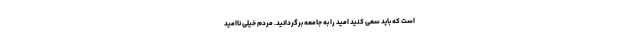
است که باید سعی کنید امید را به جامعه برگردانید. مردم خیلی ناامید